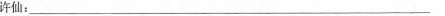
许仙：___